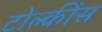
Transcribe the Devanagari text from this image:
टोल्कींस